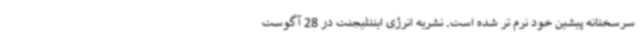
سرسختانه پیشین خود نرم تر شده است. نشریه انرژی اینتلیجنت در 28 آگوست